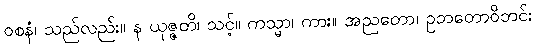
ဝစနံ၊ သည်လည်း။ န ယုဇ္ဇတိ၊ သင့်။ ကသ္မာ၊ ကား။ အညတော၊ ဥဘတောဝိဘင်း